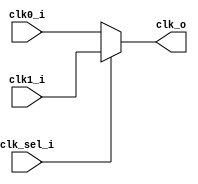
module iob_clkmux (
   input  clk0_i,
   input  clk1_i,
   input  clk_sel_i,
   output clk_o
);

`ifdef XILINX
   BUFGMUX #(
      .CLK_SEL_TYPE("ASYNC")
   ) BUFGMUX_inst (
      .I0(clk0_i),
      .I1(clk1_i),
      .S (clk_sel_i),
      .O (clk_o)
   );
`elsif INTEL
   altclkctrl altclkctrl_inst (
      .inclk     ({clk0_i, clk1_i}),
      .clkselect (clk_sel_i),
      .outclk    (clk_o)
   );
`else 
   reg    clk_v;
   always @* clk_v = #1 clk_sel_i ? clk1_i : clk0_i;
   assign clk_o = clk_v;
`endif

endmodule